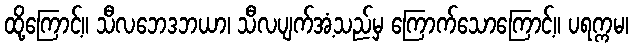
ထို့ကြောင့်။ သီလဘေဒဘယာ၊ သီလပျက်အံ့သည်မှ ကြောက်သောကြောင့်။ ပရက္ကမ၊